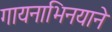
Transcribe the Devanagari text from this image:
गायनाभिनयाने